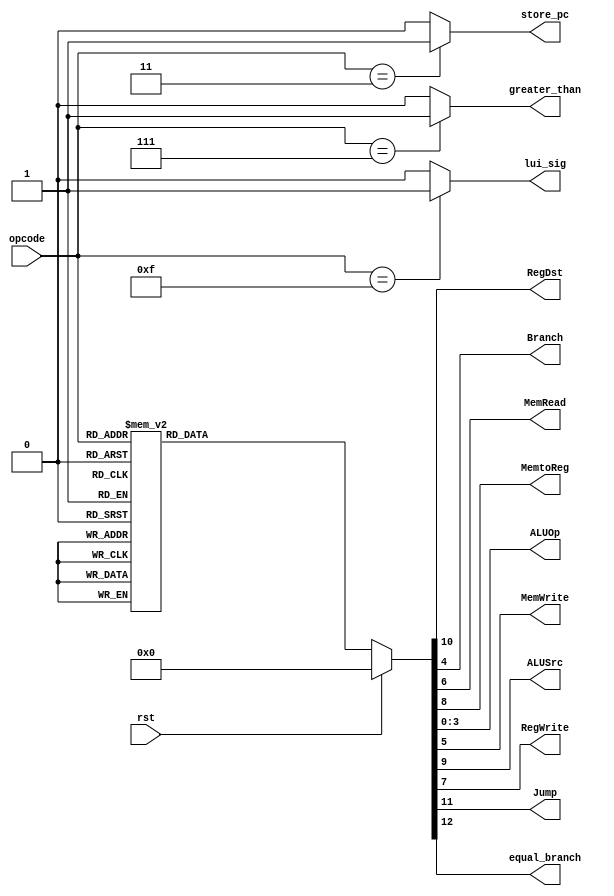
module opcode_control(
    input [5:0] opcode,
    input rst,
    output reg RegDst,          //regs
    output reg Branch,          //if
    output reg MemRead,         //mem
    output reg MemtoReg,        //wb
    output reg [3:0] ALUOp,     //ex
    output reg MemWrite,        //mem
    output reg ALUSrc,          //ex
    output reg RegWrite,        //wb
    output reg Jump,            //if        //
    output reg equal_branch,    //ex
    output wire store_pc,        //ex        //reg
    output wire lui_sig,          //mem       //lui,mem
    output wire greater_than
);

reg [12:0] control_sig;

always @(*) begin 
    if (rst == 1'b1) {equal_branch,Jump,RegDst,ALUSrc,MemtoReg,RegWrite,MemRead,MemWrite,Branch,ALUOp} <= 16'h4000;
    else 
        {equal_branch,Jump,RegDst,ALUSrc,MemtoReg,RegWrite,MemRead,MemWrite,Branch,ALUOp} <= control_sig;
end

always @(*) begin
   case (opcode)
       6'b000000: control_sig <= 13'b1110010000010;       //R-type
       6'b100011: control_sig <= 13'b1101111000000;       //lw
       6'b101011: control_sig <= 13'b1111100100000;       //sw
       6'b000100: control_sig <= 13'b1100000010110;       //beq
       6'b000010: control_sig <= 13'b1000000000000;       //j
       6'b001101: control_sig <= 13'b1101010000011;       //ori
       6'b101000: control_sig <= 13'b1111100100000;       //sb
       6'b101001: control_sig <= 13'b1111100100000;       //sh 
       6'h9: control_sig <= 13'b1101010000000;            //addiu
       6'h8: control_sig <= 13'b1101010000000;            //addi
       6'hc: control_sig <= 13'b1101010000100;            //andi
       6'h5: control_sig <= 13'b0101000010110;            //bne
       6'h3: control_sig <= 13'b1000000000000;            //jal
       6'h24: control_sig <= 13'b1101111000000;           //lbu
       6'h25: control_sig <= 13'b1101111000000;           //lhu
       6'hf: control_sig <= 13'b1101110000000;            //lui
       6'ha: control_sig <= 13'b1101010000101;            //slti
       6'hb: control_sig <= 13'b1101010000101;            //sltiu
       6'h7: control_sig <= 13'b1101000010001;            //bgtz
       6'he: control_sig <= 13'b1111010000110;            //xori
       6'h20: control_sig <= 13'b1101111000000;            //lb
       6'h1c:control_sig <= 13'b1110010001001;             //mul
       default: control_sig <= 13'b1100000000000;
   endcase 
end

assign greater_than = (opcode == 6'h7)?1'b1:1'b0;
assign store_pc = (opcode == 6'h3)?1'b1:1'b0;
assign lui_sig = (opcode == 6'hf)?1'b1:1'b0;

endmodule